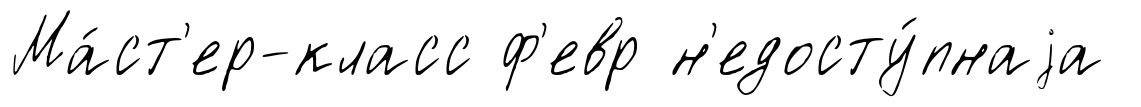
Ма́ст'ер-класс ф'евр н'едосту́пнаjа